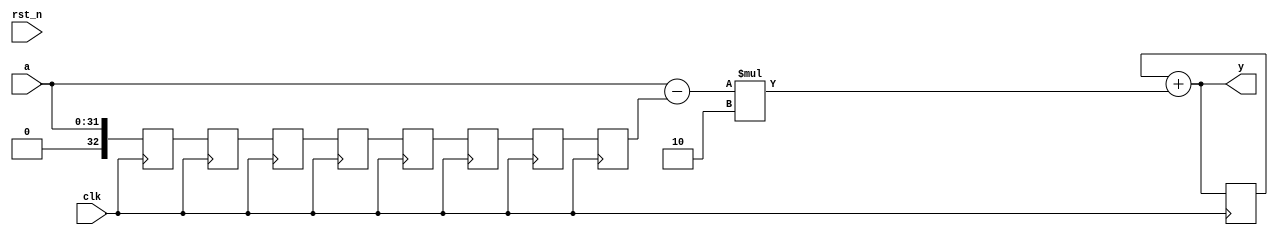
// This is an implementation of a recursive moving average filter.

module rec_MA
(	
	input clk, rst_n,
	input[0:31] a,
	output[0:31] y

);
parameter WINDOW_SIZE = 8;
integer i;

// storage for delay values and feedback value
reg [0:32] delay_elements [0:WINDOW_SIZE - 1];
reg [0:32] feedback_element;

//wires for sums and multiplications
wire [0:32] mult;
wire [0:32] sub;

//Combinational Part
assign y = feedback_element + mult;
assign mult = sub * 2;
assign sub = a - delay_elements[WINDOW_SIZE-1];

//Sequential Part
always@(posedge clk)
begin
	if(!rst_n) begin
		feedback_element = 32'b0;
		for(i = 0; i < WINDOW_SIZE; i = i + 1) begin
			delay_elements[i] <= 32'b0;
		end
	end

	delay_elements[0] <= a;
	for(i = 1; i < WINDOW_SIZE; i = i + 1) begin
		delay_elements[i] <= delay_elements[i-1];
	end
	feedback_element <= y;
end

endmodule